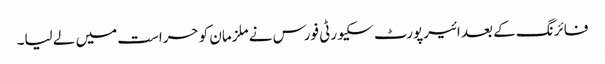
فائرنگ کے بعد ائیرپورٹ سکیورٹی فورس نے ملزمان کو حراست میں لے لیا۔